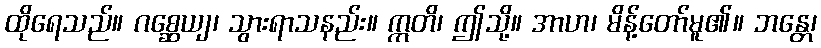
ထိုရေသည်။ ဂစ္ဆေယျ၊ သွားရာသနည်း။ ဣတိ၊ ဤသို့။ အာဟ၊ မိန့်တော်မူ၏။ ဘန္တေ၊